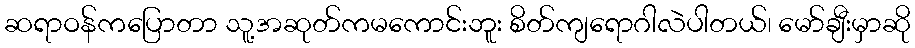
ဆရာဝန်ကပြောတာ သူ့အဆုတ်ကမကောင်းဘူး စိတ်ကျရောဂါလဲပါတယ်၊ မော်ချီးမှာဆို